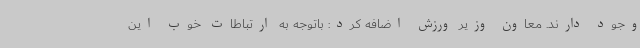
وجود دارند. معاون وزیر ورزش اضافه کرد: باتوجه به ارتباطات خوب این